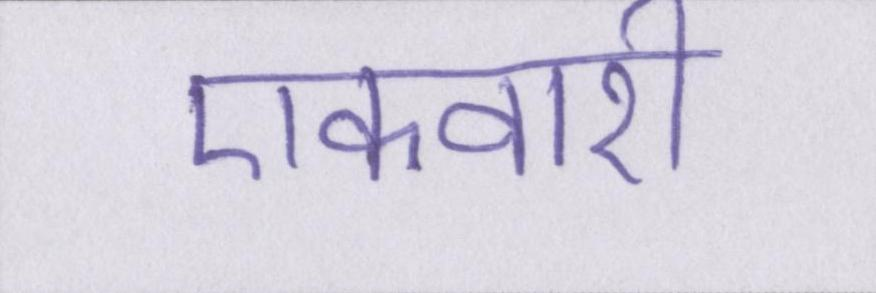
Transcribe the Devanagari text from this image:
एकवारी